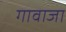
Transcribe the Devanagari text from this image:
गावाजा